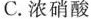
C.浓硝酸